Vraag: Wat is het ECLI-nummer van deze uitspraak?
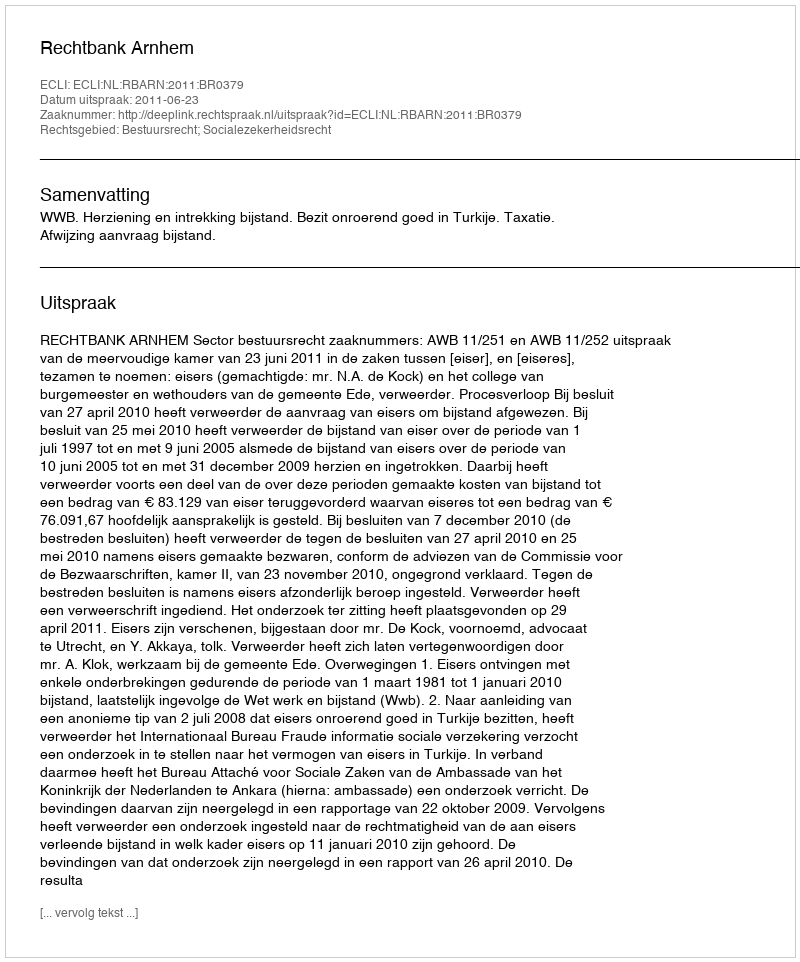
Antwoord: ECLI:NL:RBARN:2011:BR0379